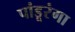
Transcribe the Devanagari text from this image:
पांडूरंगा